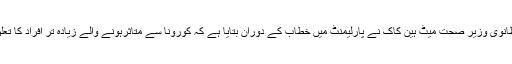
دوسری جانب برطانوی وزیر صحت میٹ ہین کاک نے پارلیمنٹ میں خطاب کے دوران بتایا ہے کہ کورونا سے متاثرہونے والے زیادہ تر افراد کا تعلق اقلیتوں سے ہے۔